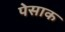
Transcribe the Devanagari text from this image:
पेसाक